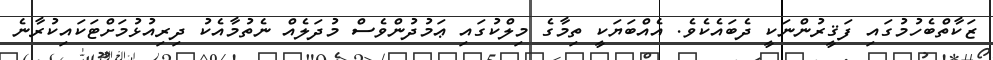
ޒަކާތްބެހުމުގައި ފަޤީރުންނަކީ ދެބައެކެވެ. އެއްބަޔަކީ ތިމާގެ މިލްކުގައި ޢަމުދުންވެސް މުދަލެއް ނެތުމާއެކު ދިރިއުޅުމަށްޓަކައިކުރާނެ